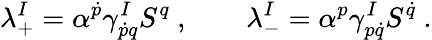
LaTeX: \lambda_{+}^{I}=\alpha^{\dot{p}}\gamma_{\dot{p}q}^{I}S^{q}\ ,\qquad\lambda_{-}^{I}=\alpha^{p}\gamma_{p\dot{q}}^{I}S^{\dot{q}}\ .